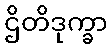
ဌိတိဒုက္ခာ